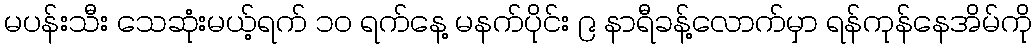
မပန်းသီး သေဆုံးမယ့်ရက် ၁၀ ရက်နေ့ မနက်ပိုင်း ၉ နာရီခန့်လောက်မှာ ရန်ကုန်နေအိမ်ကို